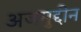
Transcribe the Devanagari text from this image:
अजमुद्दीन